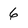
Character: 6